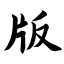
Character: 版